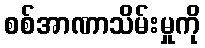
စစ်အာဏာသိမ်းမှုကို